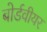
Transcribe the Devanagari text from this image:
बोर्डवीयर